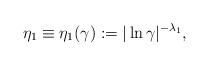
LaTeX: \begin{align*}\eta_1\equiv\eta_1(\gamma):=|\ln\gamma|^{-\lambda_{1}},\end{align*}